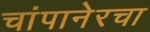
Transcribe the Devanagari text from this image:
चांपानेरचा